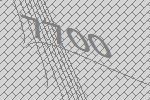
7700